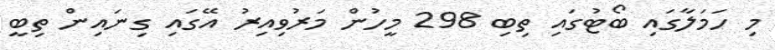
މި ހަމަލާގައި ބޯޓުގައި ތިބި 298 މީހުން މަރުވިއިރު އޭގައި ގިނައިން ތިބީ